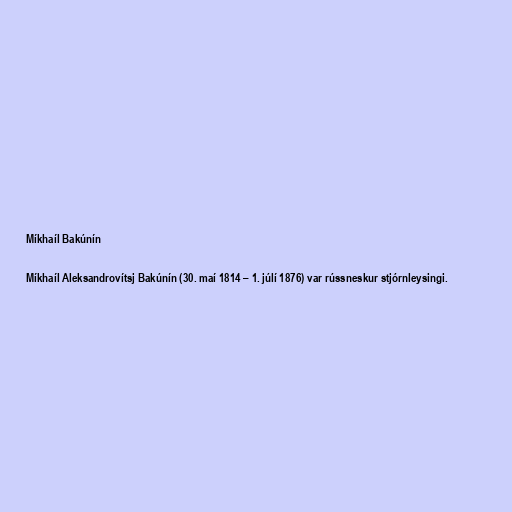
Míkhaíl Bakúnín

Míkhaíl Aleksandrovítsj Bakúnín (30. maí 1814 – 1. júlí 1876) var rússneskur stjórnleysingi.